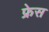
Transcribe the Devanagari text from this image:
फ्रेस